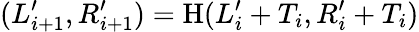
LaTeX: (L_{i+1}^{\prime},R_{i+1}^{\prime})=\mathrm{H}(L_{i}^{\prime}+T_{i},R_{i}^{\prime}+T_{i})